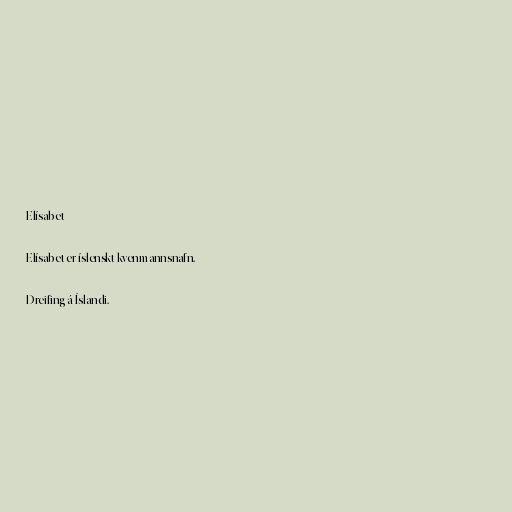
Elísabet

Elísabet er íslenskt kvenmannsnafn.

Dreifing á Íslandi.